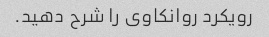
رویکرد روانکاوی را شرح دهید.